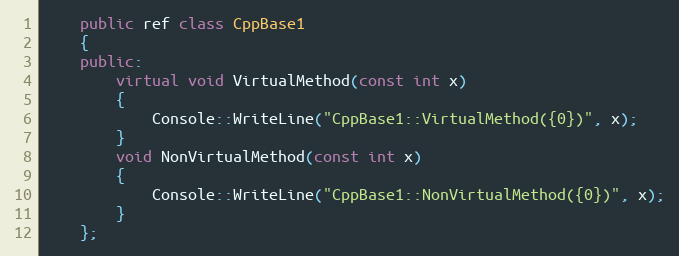
Language: C++
    public ref class CppBase1
    {
    public:
        virtual void VirtualMethod(const int x)
        {
            Console::WriteLine("CppBase1::VirtualMethod({0})", x);
        }
        void NonVirtualMethod(const int x)
        {
            Console::WriteLine("CppBase1::NonVirtualMethod({0})", x);
        }
    };